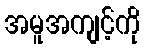
အမူအကျင့်ကို